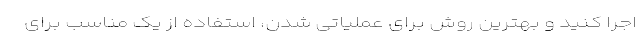
اجرا کنید و بهترین روش برای عملیاتی شدن، استفاده از یک مناسب برای